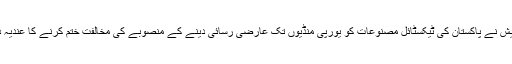
بنگلہ دیش نے پاکستان کی ٹیکسٹائل مصنوعات کو یورپی منڈیوں تک عارضی رسائی دینے کے منصوبے کی مخالفت ختم کرنے کا عندیہ دیا ہے۔